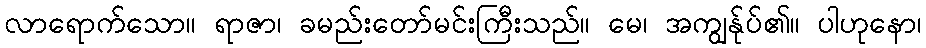
လာရောက်သော။ ရာဇာ၊ ခမည်းတော်မင်းကြီးသည်။ မေ၊ အကျွန်ုပ်၏။ ပါဟုနော၊